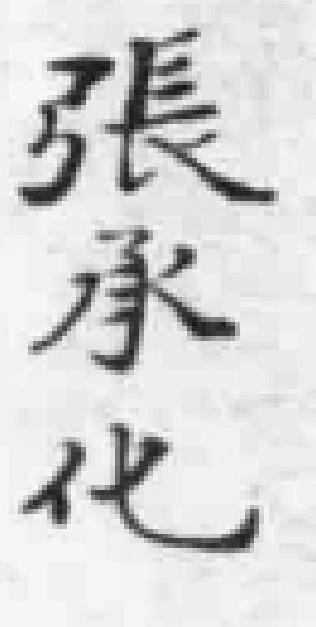
張承化